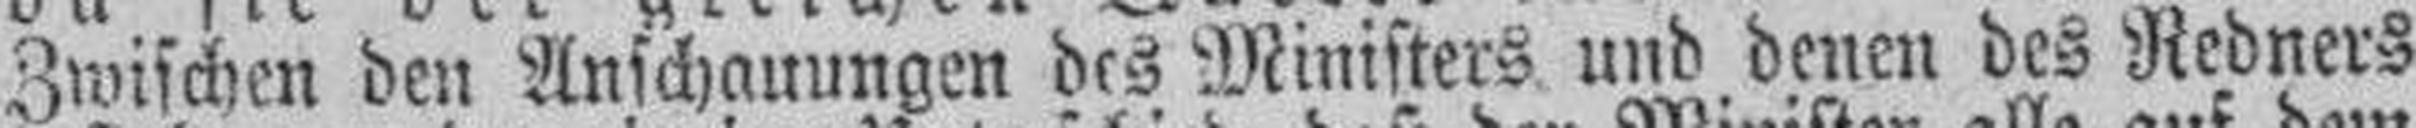
Zwischen den Anschauungen des Ministers und denen des Redners